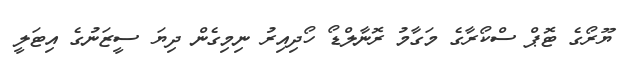
ޔޫރޯގެ ޓޮޕް ސްކޯރާގެ މަގާމު ރޮނާލްޑޯ ހޯދިއިރު ނިމިގެން ދިޔަ ސީޒަނުގެ އިޓަލީ